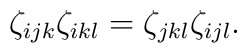
\zeta_{ijk}\zeta_{ikl} = \zeta_{jkl}\zeta_{ijl}.